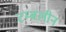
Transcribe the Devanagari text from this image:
टम्बलीन